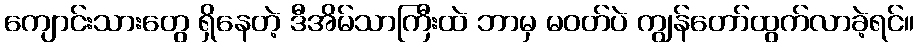
ကျောင်းသားတွေ ရှိနေတဲ့ ဒီအိမ်သာကြီးထဲ ဘာမှ မဝတ်ပဲ ကျွန်တော်ထွက်လာခဲ့ရင်။